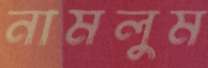
নামলুম